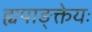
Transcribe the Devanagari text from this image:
ह्यपाङ्क्तेयः